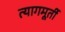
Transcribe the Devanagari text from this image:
त्यागमूर्ती